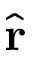
\hat { \bf r }